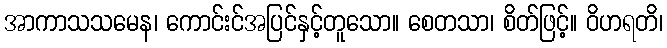
အာကာသသမေန၊ ကောင်းင်အပြင်နှင့်တူသော။ စေတသာ၊ စိတ်ဖြင့်။ ဝိဟရတိ၊